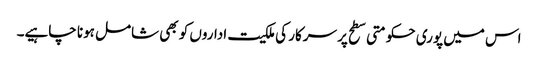
اس میں پوری حکومتی سطح پر سرکار کی ملکیت اداروں کو بھی شامل ہونا چاہیے۔